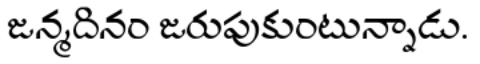
జన్మదినం జరుపుకుంటున్నాడు.